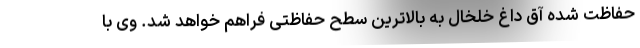
حفاظت شده آق داغ خلخال به بالاترین سطح حفاظتی فراهم خواهد شد. وی با